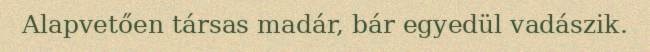
Alapvetően társas madár, bár egyedül vadászik.